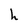
Character: h